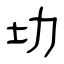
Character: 㘦